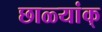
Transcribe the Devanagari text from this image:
छाळ्यांक्